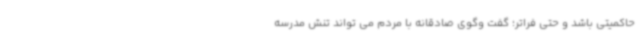
حاکمیتی باشد و حتی فراتر؛ گفت وگوی صادقانه با مردم می تواند تنش مدرسه